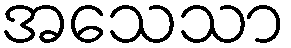
အသေသာ